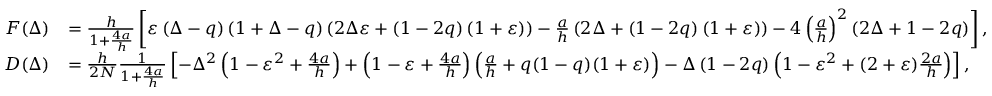
\begin{array} { r l } { F ( \Delta ) } & { = \frac { h } { 1 + \frac { 4 a } { h } } \left[ \varepsilon \left( \Delta - q \right) \left( 1 + \Delta - q \right) \left( 2 \Delta \varepsilon + \left( 1 - 2 q \right) ( 1 + \varepsilon ) \right) - \frac { a } { h } \left( 2 \Delta + \left( 1 - 2 q \right) ( 1 + \varepsilon ) \right) - 4 \left( \frac { a } { h } \right) ^ { 2 } \left( 2 \Delta + 1 - 2 q \right) \right] , } \\ { D ( \Delta ) } & { = \frac { h } { 2 N } \frac { 1 } { 1 + \frac { 4 a } { h } } \left[ - \Delta ^ { 2 } \left( 1 - \varepsilon ^ { 2 } + \frac { 4 a } { h } \right) + \left( 1 - \varepsilon + \frac { 4 a } { h } \right) \left( \frac { a } { h } + q ( 1 - q ) ( 1 + \varepsilon ) \right) - \Delta \left( 1 - 2 q \right) \left( 1 - \varepsilon ^ { 2 } + ( 2 + \varepsilon ) \frac { 2 a } { h } \right) \right] , } \end{array}